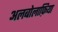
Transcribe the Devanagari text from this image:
अलबोलाफ़िया